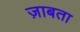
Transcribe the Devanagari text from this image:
ज़ाबता